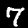
Digit: 7